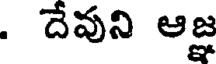
. దేవుని ఆజ్ఞ